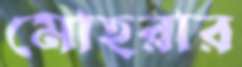
মোহরার